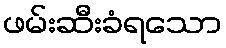
ဖမ်းဆီးခံရသော